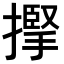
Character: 𢴡